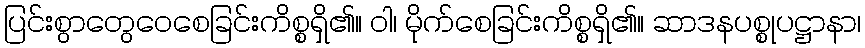
ပြင်းစွာတွေဝေစေခြင်းကိစ္စရှိ၏။ ဝါ၊ မိုက်စေခြင်းကိစ္စရှိ၏။ ဆာဒနပစ္စုပဋ္ဌာနာ၊